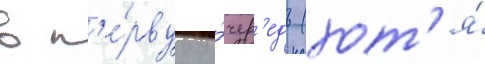
в п'е́рвуу о́чер'едь (хот'я́